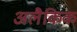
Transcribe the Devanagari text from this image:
अलैकिक